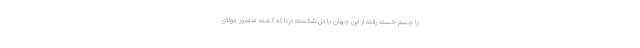
با جسم خسته رفته از این جهان با دل شکسته دردا که کشته منصور مولاى